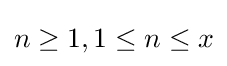
n\geq 1,1\leq n\leq x